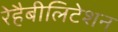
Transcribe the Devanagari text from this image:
रेहैबीलिटेशन